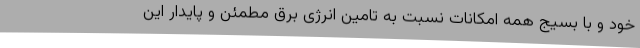
خود و با بسیج همه امکانات نسبت به تامین انرژی برق مطمئن و پایدار این